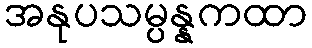
အနုပသမ္ပန္နကထာ